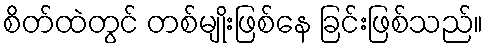
စိတ်ထဲတွင် တစ်မျိုးဖြစ်နေ ခြင်းဖြစ်သည်။